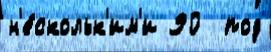
н'е́скольк'им'и 90  под